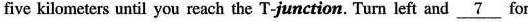
five kilometers until you reach the T-junction. Turn left and\underline{7} for about